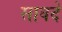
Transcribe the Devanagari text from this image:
सावदे